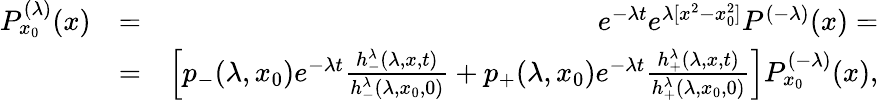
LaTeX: \begin{array}{rlr}{P_{x_{0}}^{(\lambda)}(x)}&{=}&{e^{-\lambda t}e^{\lambda[x^{2}-x_{0}^{2}]}P^{(-\lambda)}(x)=}\\ &{=}&{\left[p_{-}(\lambda,x_{0})e^{-\lambda t}{\frac{h_{-}^{\lambda}(\lambda,x,t)}{h_{-}^{\lambda}(\lambda,x_{0},0)}}+p_{+}(\lambda,x_{0})e^{-\lambda t}{\frac{h_{+}^{\lambda}(\lambda,x,t)}{h_{+}^{\lambda}(\lambda,x_{0},0)}}\right]P_{x_{0}}^{(-\lambda)}(x),}\end{array}